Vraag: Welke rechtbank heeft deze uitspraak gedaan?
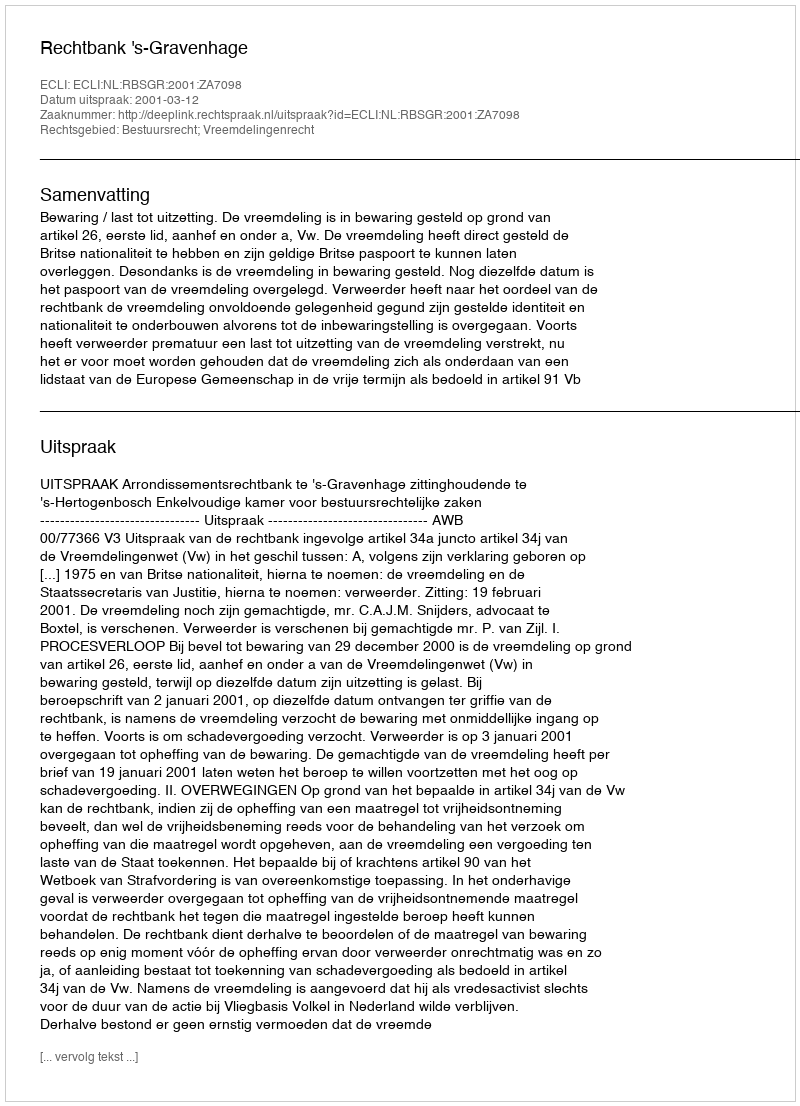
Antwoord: Rechtbank 's-Gravenhage